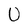
Character: U